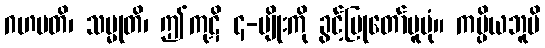
ဂဟပတိ၊ သမ္မုတိ၊ ဤကုဋိ ၄-မျိုးကို ခွင့်ပြုတော်မူပုံ။ ကပ္ပိယဘူမိ